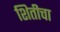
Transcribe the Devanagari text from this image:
शितीचा